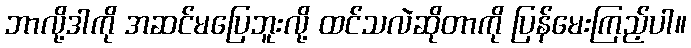
ဘာလို့ဒါကို အဆင်မပြေဘူးလို့ ထင်သလဲဆိုတာကို ပြန်မေးကြည့်ပါ။